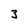
Character: 3